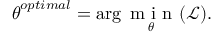
\boldsymbol { \theta } ^ { o p t i m a l } = \arg \underset { \boldsymbol { \theta } } { \mathrm { ~ m ~ i ~ n ~ } } { ( \mathcal { L } ) } .